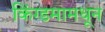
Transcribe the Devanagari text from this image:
किंग्डमामधून